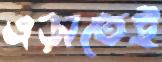
এড়াতেই